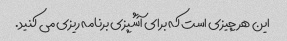
این هر چیزی است که برای آشپزی برنامه ریزی می کنید.